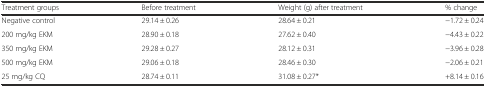
<table><thead><tr><td><b>Treatment groups</b></td><td><b>Before treatment</b></td><td><b>Weight (g) after treatment</b></td><td><b>% change</b></td></tr></thead><tbody><tr><td>Negative control</td><td>29.14 ± 0.26</td><td>28.64 ± 0.21</td><td>−1.72 ± 0.24</td></tr><tr><td>200 mg/kg EKM</td><td>28.90 ± 0.18</td><td>27.62 ± 0.40</td><td>−4.43 ± 0.22</td></tr><tr><td>350 mg/kg EKM</td><td>29.28 ± 0.27</td><td>28.12 ± 0.31</td><td>−3.96 ± 0.28</td></tr><tr><td>500 mg/kg EKM</td><td>29.06 ± 0.18</td><td>28.46 ± 0.30</td><td>−2.06 ± 0.21</td></tr><tr><td>25 mg/kg CQ</td><td>28.74 ± 0.11</td><td>31.08 ± 0.27*</td><td>+8.14 ± 0.16</td></tr></tbody></table>